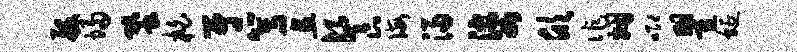
般埽蛩柏尉篙且餐诲浸婆欣作姻唧瞿蜒